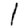
Digit: 1